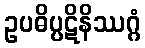
ဥပဓိပ္ပဋိနိဿဂ္ဂံ